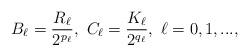
LaTeX: \begin{align*}B_\ell=\frac{R_\ell}{2^{p_\ell}}, \ C_\ell=\frac{K_\ell}{2^{q_\ell}}, \ \ell=0,1,...,\end{align*}